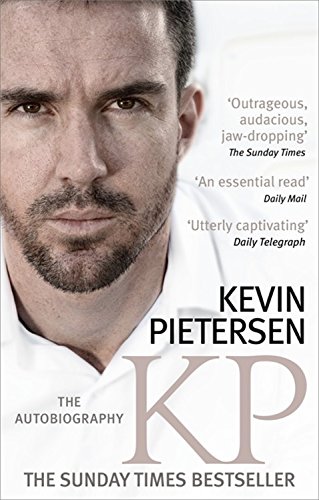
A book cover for KP: The Autobiography; Kevin Pietersen; Sports & Outdoors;